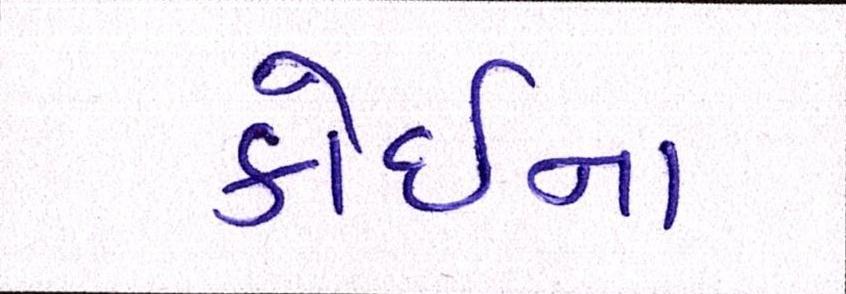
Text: કોઇના